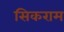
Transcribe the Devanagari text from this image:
सिकराम